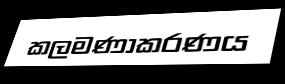
කලමණාකරණය